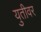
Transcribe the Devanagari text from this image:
युतीवर